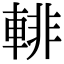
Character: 輫